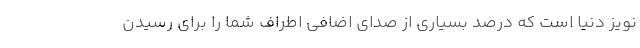
نویز دنیا است که درصد بسیاری از صدای اضافی اطراف شما را برای رسیدن